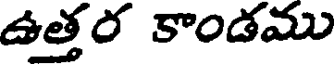
ఉత్తర కాండము